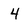
Character: 4